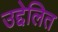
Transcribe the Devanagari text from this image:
उद्देलित